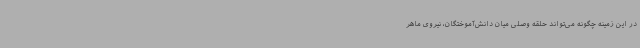
در این زمینه چگونه می‌تواند حلقه وصلی میان دانش‌آموختگان، نیروی ماهر